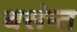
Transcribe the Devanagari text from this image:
बसंन्त